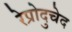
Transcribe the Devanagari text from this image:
रेप्रोदुचेद